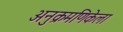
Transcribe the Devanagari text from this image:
अनुक्रमणिकेला